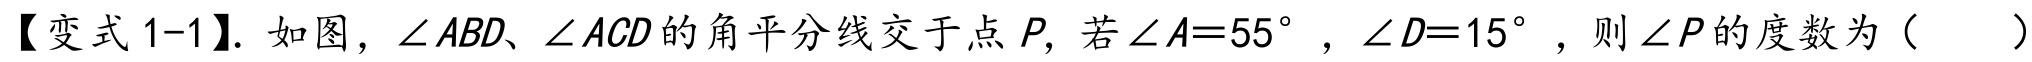
【变式 1-1】. 如图，\(\angle ABD、\angle ACD\)的角平分线交于点 \(P\)，若\(\angle A = 55^{\circ}\)，\(\angle D = 15^{\circ}\)，则\(\angle P\)的度数为（  ）